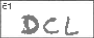
Transcription: DCL